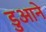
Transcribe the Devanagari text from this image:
डुआने